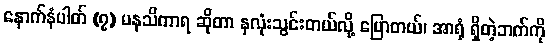
နောက်နံပါတ် (၇) မနသိကာရ ဆိုတာ နှလုံးသွင်းတယ်လို့ ပြောတယ်၊ အာရုံ ရှိတဲ့ဘက်ကို